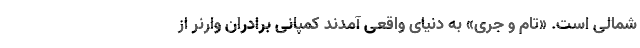
شمالی است. «تام و جری» به دنیای واقعی آمدند کمپانی برادران وارنر از